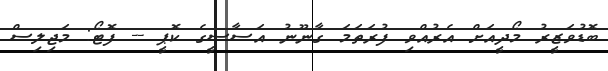
ބޮޑުވަޒީރު މޯދީއަށް އެރުއްވި ފުރަތަމަ ގާނޫނު އަސާސީގެ ކޮޕީ -- ފޮޓޯ: މަޖިލިސް